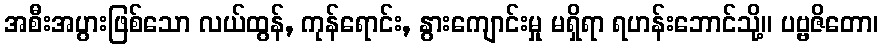
အစီးအပွားဖြစ်သော လယ်ထွန်, ကုန်ရောင်း, နွားကျောင်းမှု မရှိရာ ရဟန်းဘောင်သို့။ ပဗ္ဗဇိတော၊